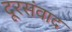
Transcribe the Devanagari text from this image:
दूरसंवाद